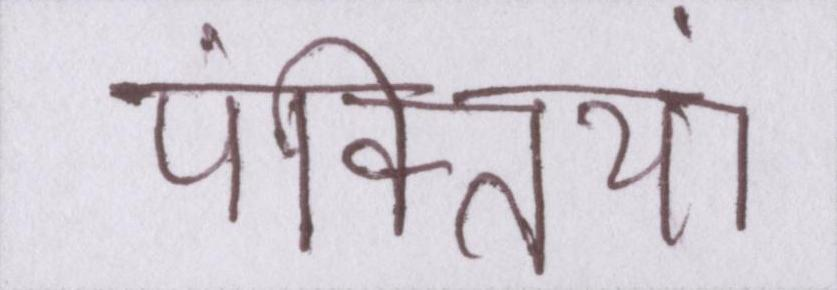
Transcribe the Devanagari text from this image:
पंक्तियां